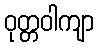
ဝုတ္တဝါကျာ